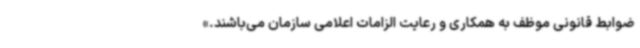
ضوابط قانونی موظف به همکاری و رعایت الزامات اعلامی سازمان می‌باشند.»